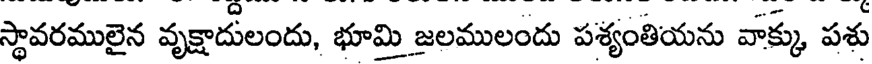
స్థావరములైన వృక్షాదులందు, భూమి జలములందు పశ్యంతియను వాక్కు పశు